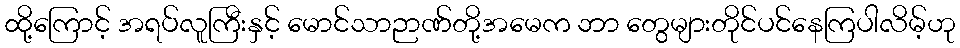
ထို့ကြောင့် အရပ်လူကြီးနှင့် မောင်သာဉာဏ်တို့အမေက ဘာ တွေများတိုင်ပင်နေကြပါလိမ့်ဟု